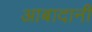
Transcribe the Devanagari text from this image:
आबादानी